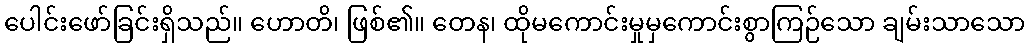
ပေါင်းဖော်ခြင်းရှိသည်။ ဟောတိ၊ ဖြစ်၏။ တေန၊ ထိုမကောင်းမှုမှကောင်းစွာကြဉ်သော ချမ်းသာသော